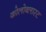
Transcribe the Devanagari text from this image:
कोलोब्लास्ट